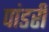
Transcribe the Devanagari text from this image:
पांडरी